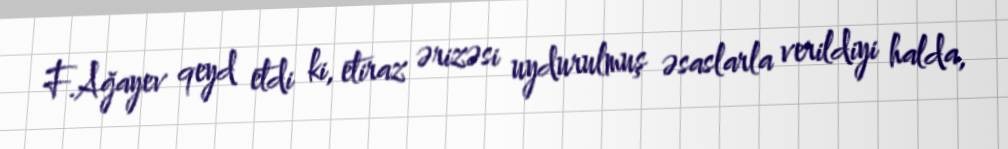
F.Ağayev qeyd etdi ki, etiraz ərizəsi uydurulmuş əsaslarla verildiyi halda,